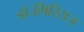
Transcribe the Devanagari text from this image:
डॉ॰गिरिराज